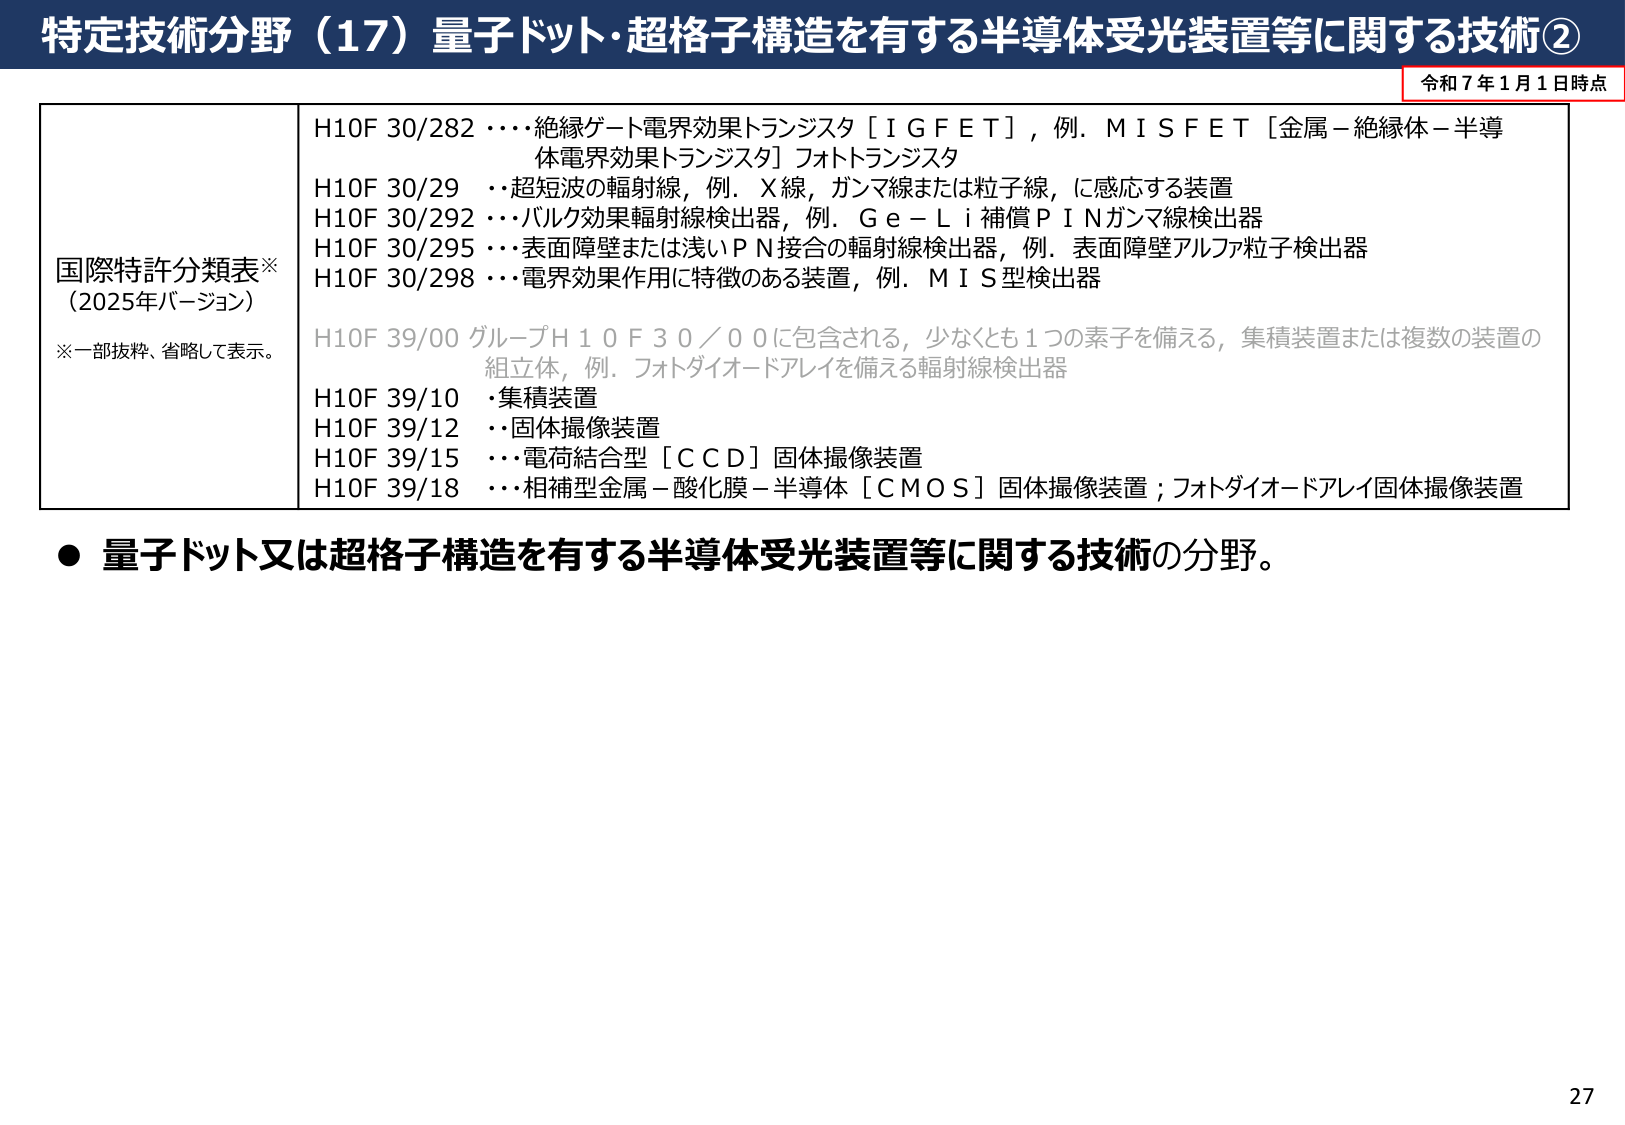
特定技術分野（17）量子ドット・超格子構造を有する半導体受光装置等に関する技術②

令和７年１月１日時点

国際特許分類表※
（2025年バージョン）
※一部抜粋、省略して表示。

H10F 30/282 ・・・絶縁ゲート電界効果トランジスタ［ＩＧＦＥＴ］，例．ＭＩＳＦＥＴ［金属－絶縁体－半導体電界効果トランジスタ］フォトトランジスタ
H10F 30/29 ・・超短波の輻射線，例．Ｘ線，ガンマ線または粒子線，に感応する装置
H10F 30/292 ・・・バルク効果輻射線検出器，例．Ｇｅ－Ｌｉ補償ＰＩＮガンマ線検出器
H10F 30/295 ・・・表面障壁または浅いＰＮ接合の輻射線検出器，例．表面障壁アルファ粒子検出器
H10F 30/298 ・・・電界効果作用に特徴のある装置，例．ＭＩＳ型検出器
H10F 39/00 グループＨ１０Ｆ３０／００に包含される，少なくとも１つの素子を備える，集積装置または複数の装置の組立体，例．フォトダイオードアレイを備える輻射線検出器
H10F 39/10 ･集積装置
H10F 39/12 ・・固体撮像装置
H10F 39/15 ・・・電荷結合型［ＣＣＤ］固体撮像装置
H10F 39/18 ・・・相補型金属－酸化膜－半導体［ＣＭＯＳ］固体撮像装置；フォトダイオードアレイ固体撮像装置

● 量子ドット又は超格子構造を有する半導体受光装置等に関する技術の分野。

27